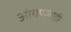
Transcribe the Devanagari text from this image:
आंगणवाडी